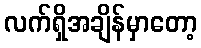
လက်ရှိအချိန်မှာတော့